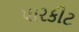
પારકીટ